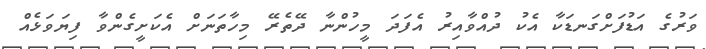
ވަރުގެ އަޑުފަށްގަނޑަކާ އެކު ދުއްވާއިރު އެފަދަ މީހުންނާ ދޭތެރޭ މިހާތަނަށް އެކަށީގެންވާ ފިޔަވަޅެއް